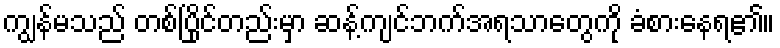
ကျွန်မသည် တစ်ပြိုင်တည်းမှာ ဆန့်ကျင်ဘက်အရသာတွေကို ခံစားနေရ၏။